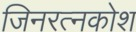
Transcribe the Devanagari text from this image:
जिनरत्नकोश